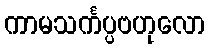
ကာမသင်္ကပ္ပဗဟုလော